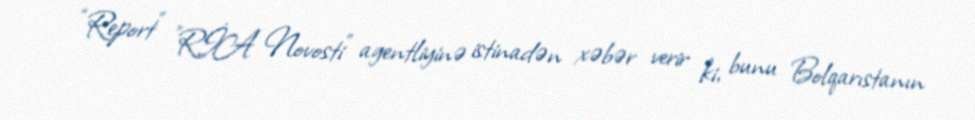
“Report” "RİA Novosti” agentliyinə istinadən xəbər verir ki, bunu Bolqarıstanın